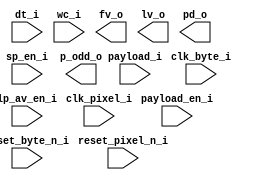
/*******************************************************************************
    Verilog netlist generated by IPGEN Lattice Radiant Software (64-bit)
    3.1.1.232.1
    Soft IP Version: 1.3.0
    2022 04 07 17:52:17
*******************************************************************************/
/*******************************************************************************
    Wrapper Module generated per user settings.
*******************************************************************************/
module B2P (reset_byte_n_i, clk_byte_i, sp_en_i, dt_i, lp_av_en_i,
    payload_en_i, payload_i, wc_i, reset_pixel_n_i, clk_pixel_i, fv_o, lv_o,
    pd_o, p_odd_o)/* synthesis syn_black_box syn_declare_black_box=1 */;
    input  reset_byte_n_i;
    input  clk_byte_i;
    input  sp_en_i;
    input  [5:0]  dt_i;
    input  lp_av_en_i;
    input  payload_en_i;
    input  [7:0]  payload_i;
    input  [15:0]  wc_i;
    input  reset_pixel_n_i;
    input  clk_pixel_i;
    output  fv_o;
    output  lv_o;
    output  [9:0]  pd_o;
    output  [1:0]  p_odd_o;
endmodule